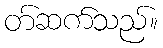
တ်ဆက်သည်။